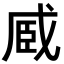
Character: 𮍏